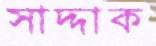
সাদ্দাক